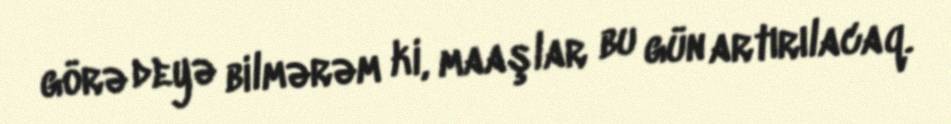
görə deyə bilmərəm ki, maaşlar bu gün artırılacaq.